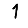
Digit: 1